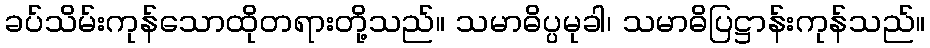
ခပ်သိမ်းကုန်သောထိုတရားတို့သည်။ သမာဓိပ္ပမုခါ၊ သမာဓိပြဋ္ဌာန်းကုန်သည်။